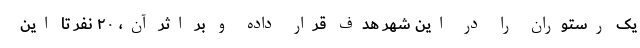
یک رستوران را در این شهر هدف قرار داده و بر اثر آن، ۲۰ نفر تا این